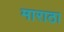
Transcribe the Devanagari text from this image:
माराठा